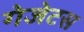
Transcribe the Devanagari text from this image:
गेजेटस